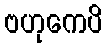
ဗဟုကေပိ